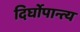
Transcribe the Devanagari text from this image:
दिर्घोपान्त्य